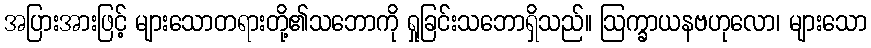
အပြားအားဖြင့် များသောတရားတို့၏သဘောကို ရှုခြင်းသဘောရှိသည်။ ဩက္ခာယနဗဟုလော၊ များသော